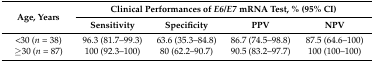
<table><thead><tr><td rowspan="2"><b>Age, Years</b></td><td colspan="4"><b>Clinical Performances of <i>E6/E7</i> mRNA Test, % (95% CI)</b></td></tr><tr><td><b>Sensitivity</b></td><td><b>Specificity</b></td><td><b>PPV</b></td><td><b>NPV</b></td></tr></thead><tbody><tr><td>&lt;30 (<i>n</i> = 38)</td><td>96.3 (81.7–99.3)</td><td>63.6 (35.3–84.8)</td><td>86.7 (74.5–98.8)</td><td>87.5 (64.6–100)</td></tr><tr><td>≥30 (<i>n</i> = 87)</td><td>100 (92.3–100)</td><td>80 (62.2–90.7)</td><td>90.5 (83.2–97.7)</td><td>100 (100–100)</td></tr></tbody></table>